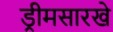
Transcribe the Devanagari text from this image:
ड्रीमसारखे